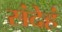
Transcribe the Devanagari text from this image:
संदेहं